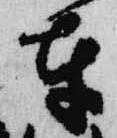
車